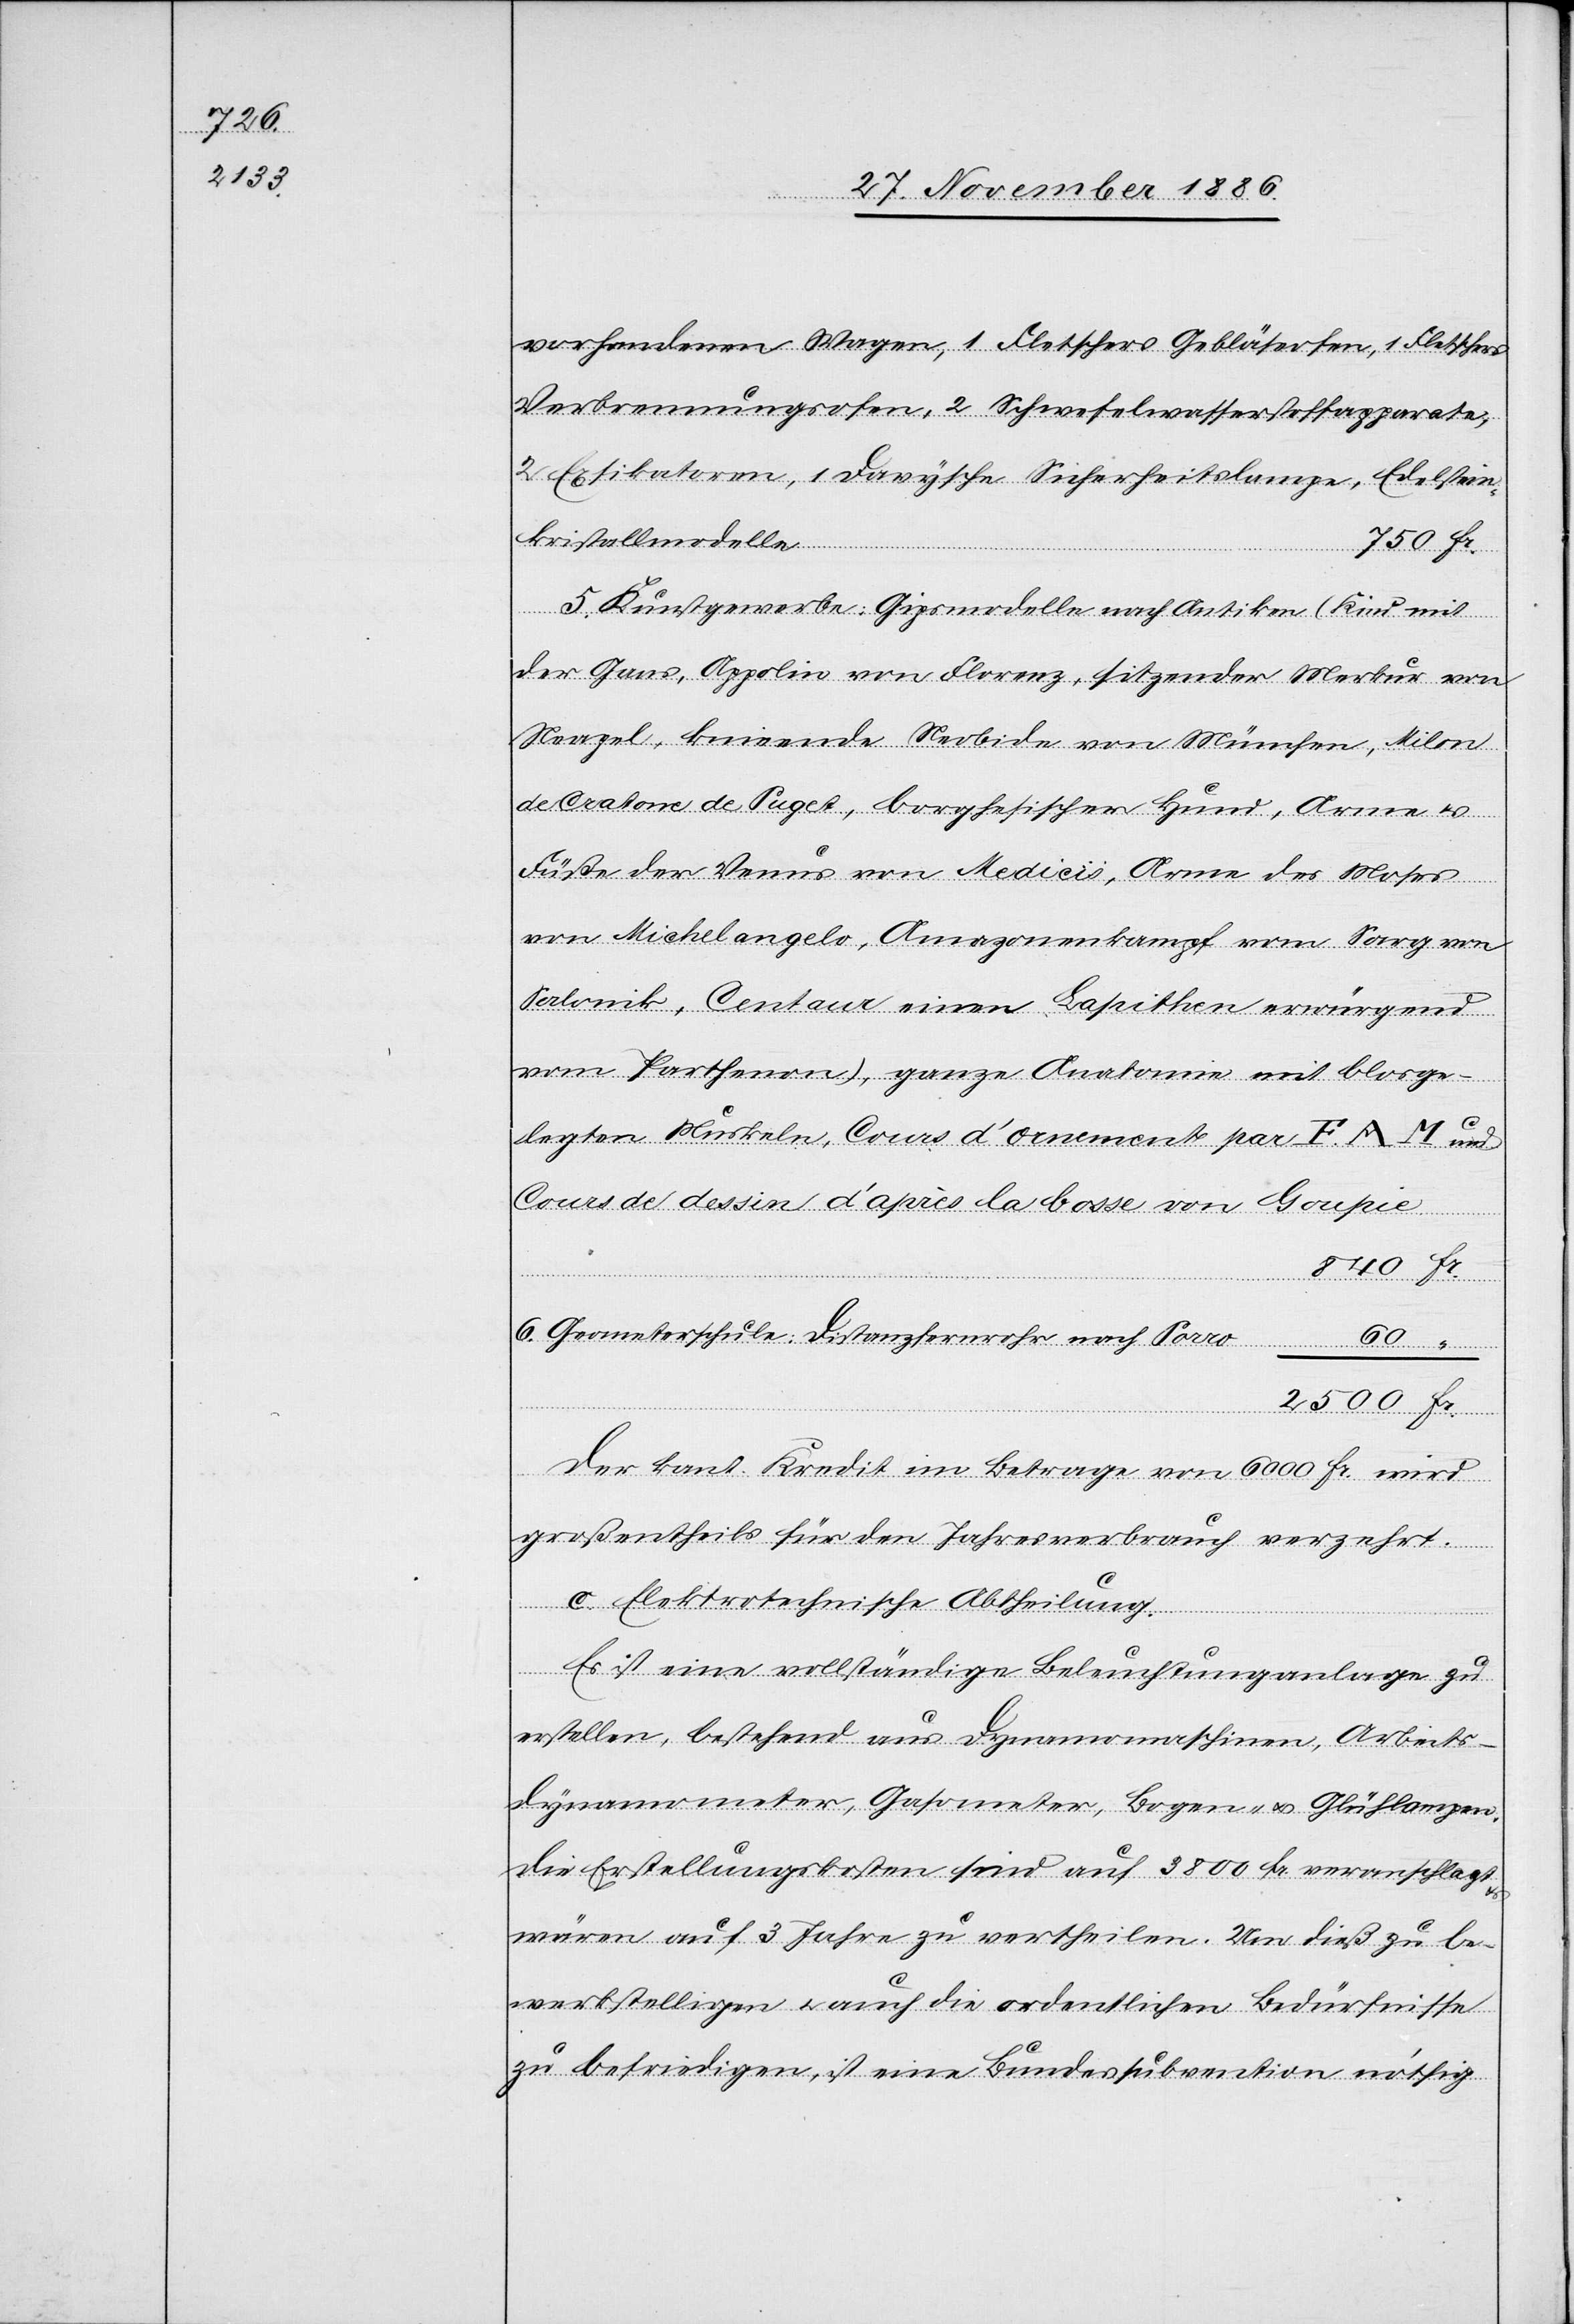
2500

vorhandenen Wagen, 1 Fletschers Gebläseofen, 1 Fletschers
Verbrennungsofen, 2 Schwefelwasserstoffapparate,
2 Exsikatoren, 1 Davysche Sicherheitslampe,
kristallmodelle
ist eine
5. Kunstgewerbe: Gipsmodelle nach Antiken (Kind mit
der Gans, Appolin von Florenz, sitzender Merkur von
Neapel, kniende Neobide von München, Milon
de Crotone de Puget, borghesischer Hund, Arme &
Füße der Venus von Medicis, Arme des Moses
nöthig
von Michelangelo, Amazonenkampf vom Sarg von
Salonik, Centaur einen Lapithen erwürgend
vom Parthenon), ganze Anatomie mit blosge¬
legten Muskeln, Cours d’ornement par F. A. M
Cours de dessin d’après la bosse von Goupie
Bundessubvention
6. Geometerschule: Distanzfernrohr nach Porro
Der kant. Kredit im Betrage von 6000 Fr. wird
großentheils für den Jahresverbrauch verzehrt.
c. Elektrotechnische Abtheilung.
60
Es ist eine vollständige Beleuchtung[s]anlage zu
erstellen, bestehend aus Dynamomaschinen, Arbeits¬
dynamometer, Gasometer, Bogen- & Glühlampen.
Die Erstellungskosten sind auf 3800 Fr. veranschlagt
wären auf 3 Jahre zu vertheilen. Um dieß zu be¬
werkstelligen & auch die ordentlichen Bedürfnisse